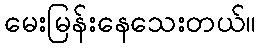
မေးမြန်းနေသေးတယ်။